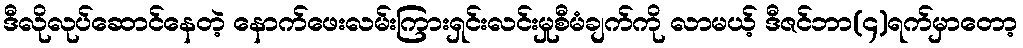
ဒီလိုလုပ်ဆောင်နေတဲ့ နောက်ဖေးလမ်းကြားရှင်းလင်းမှုစီမံချက်ကို လာမယ့် ဒီဇင်ဘာ(၄)ရက်မှာတော့